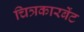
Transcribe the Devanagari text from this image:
चित्रकारबेंट